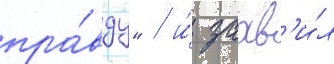
пра́вду" / и́ заав'и́л